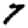
Digit: 7